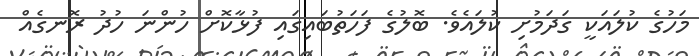
މަހުގެ ކުލައަކީ ގަދަމުށި ކުލައެވެ. ބޮލުގެ ފަހަތުބައިގައި ފުޅާކޮށް ހުންނަ ހުދު ރޮނގެއް